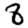
Digit: 8